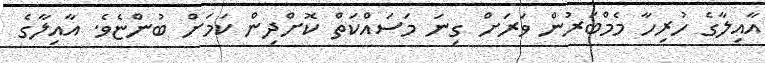
އާއިލާގެ ހުރިހާ މެމްބަރުން ވަރަށް ގިނަ މަސައްކަތް ކޮށްދިން ކަމަށް ބުންޏެވެ. އާއިލާގެ